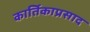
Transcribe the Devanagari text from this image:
कार्तिकाप्रसाद